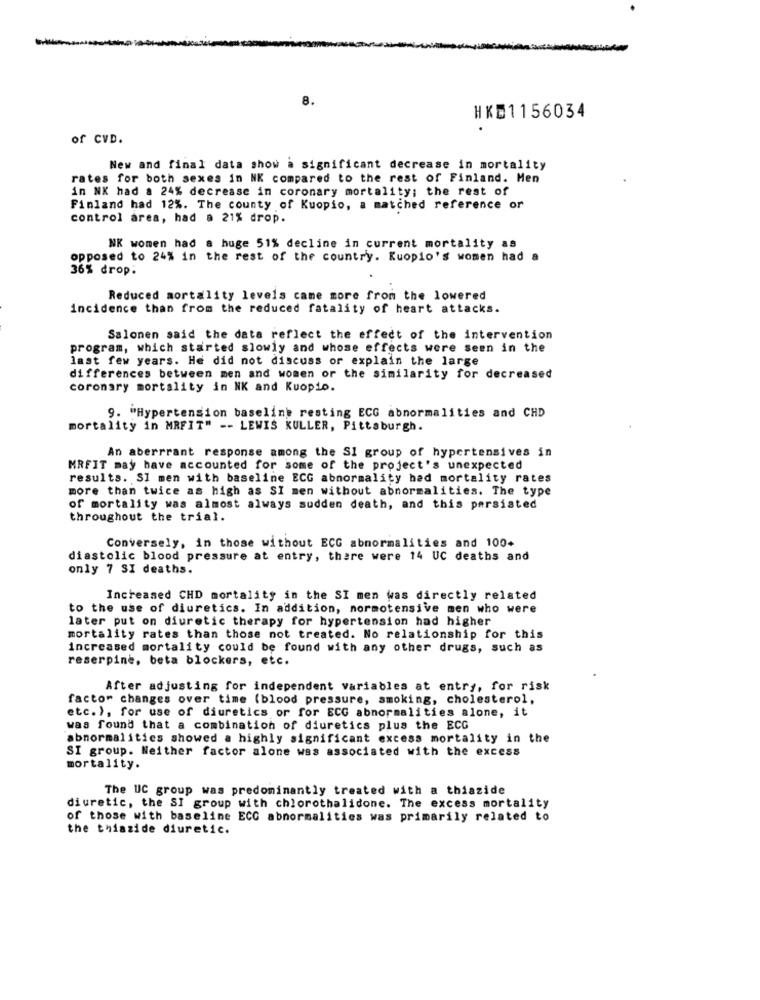
8.
HKD1156034
of CVD.
New and final data show a significant decrease in mortality
rates for both sexes in NK compared to the rest of Finland. Men
in NK had a 24% decrease in coronary mortality; the rest of
Finland had 12%. The county of Kuopio, a matched reference or
control area, had a 21% drop.
NK women had a huge 51% decline in current mortality as
opposed to 24% in the rest of the country. Kuopio's women had a
36% drop.
Reduced mortality levels came more from the lowered
incidence than from the reduced fatality of heart attacks.
Salonen said the data reflect the effect of the intervention
program, which started slowly and whose effects were seen in the
last few years. He did not discuss or explain the large
differences between men and women or the similarity for decreased
coronary mortality in NK and Kuopio.
9. "Hypertension baseline resting ECG abnormalities and CHD
mortality in MRFIT" -- LEWIS KULLER, Pittsburgh.
An aberrrant response among the SI group of hypertensives in
MRFIT may have accounted for some of the project's unexpected
results. SI men with baseline ECG abnormality had mortality rates
more than twice as high as SI men without abnormalities. The type
of mortality was almost always sudden death, and this persisted
throughout the trial.
Conversely, in those without ECG abnormalities and 100+
diastolic blood pressure at entry, there were 14 UC deaths and
only 7 SI deaths.
Increased CHD mortality in the SI men was directly related
to the use of diuretics. In addition, normotensive men who were
later put on diuretic therapy for hypertension had higher
mortality rates than those not treated. No relationship for this
increased mortality could be found with any other drugs, such as
reserpine, beta blockers, etc.
After adjusting for independent variables at entry, for risk
facto" changes over time (blood pressure, smoking, cholesterol,
etc. ), for use of diuretics or for ECG abnormalities alone, it
was found that a combination of diuretics plus the ECG
abnormalities showed a highly significant excess mortality in the
SI group. Neither factor alone was associated with the excess
mortality.
The UC group was predominantly treated with a thiazide
diuretic, the SI group with chlorothalidone. The excess mortality
of those with baseline ECG abnormalities was primarily related to
the thiazide diuretic.